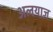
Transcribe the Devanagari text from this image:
अलयाज़